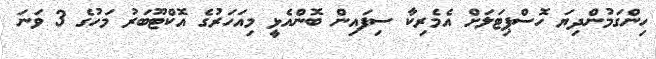
ހިންގަމުންދިޔަ ހޮސްޕިޓަލަށް އެމެރިކާ ސިފައިން ބޮންއެޅީ މިއަހަރުގެ އޮކްޓޫބަރު މަހުގެ 3 ވަނަ